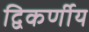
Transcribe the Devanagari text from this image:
द्विकर्णीय